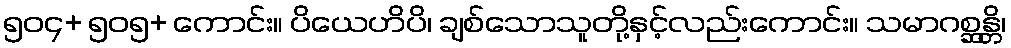
၅၀၄+ ၅၀၅+ ကောင်း။ ပိယေဟိပိ၊ ချစ်သောသူတို့နှင့်လည်းကောင်း။ သမာဂစ္ဆန္တိ၊